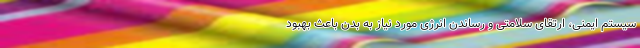
سیستم ایمنی، ارتقای سلامتی و رساندن انرژی مورد نیاز به بدن باعث بهبود